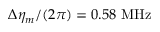
\Delta \eta _ { m } / ( 2 \pi ) = 0 . 5 8 ~ \mathrm { M H z }